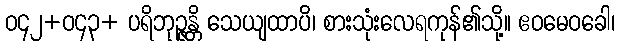
ဝ၄၂+ဝ၄၃+ ပရိဘုဉ္ဇန္တိ သေယျထာပိ၊ စားသုံးလေရကုန်၏သို့။ ဧဝမေဝခေါ၊